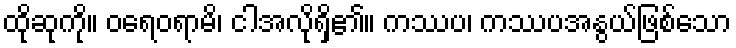
ထိုဆုကို။ ဝရေဝရာမိ၊ ငါအလိုရှိ၏။ ကဿပ၊ ကဿပအနွယ်ဖြစ်သော